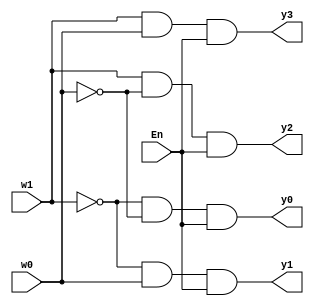
module decoder(w0, w1, En, y0, y1, y2, y3);
     input w0, w1, En;
     output y0, y1, y2, y3;
	  
     assign y0 = ~w1&~w0&En;
     assign y1 = ~w1&w0&En;
     assign y2 = w1&~w0&En;
     assign y3 = w1&w0&En;

endmodule